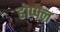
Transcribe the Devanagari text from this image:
होप्फ्ल